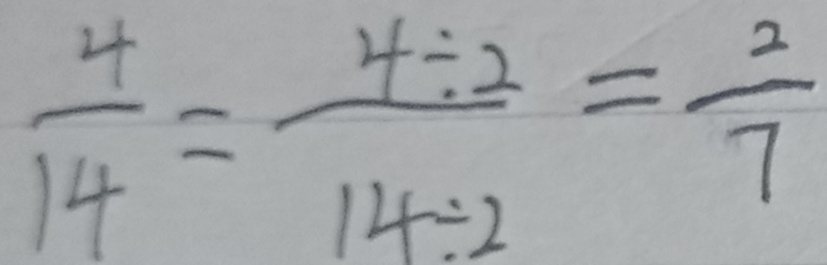
\frac { 4 } { 1 4 } = \frac { 4 \div 2 } { 1 4 \div 2 } = \frac { 2 } { 7 }